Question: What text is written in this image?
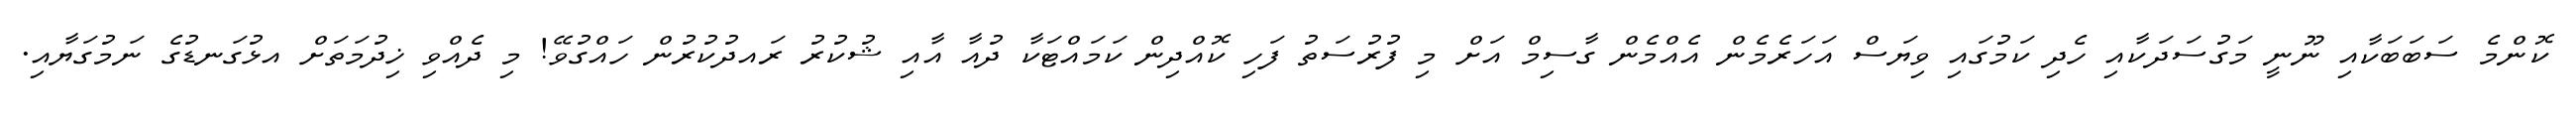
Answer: ކޮންމެ ސަބަބަކާއި ނޫނީ މަގުސަދަކާއި ހެދި ކަމުގައި ވިޔަސް އަހަރެމެން އެއްމެން ގާސިމް އަށް މި ފުރުސަތު ފަހި ކޮއްދިން ކަމައްޓަކާ ދުއާ އާއި ޝުކުރު ރައދުކުރުން ހައްގުވޭ! މި ދެއްވި ޚިދުމަތަށް އޅުގަނޑުގެ ނަމުގަޔާއި.